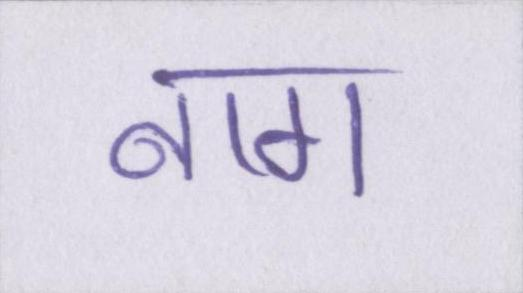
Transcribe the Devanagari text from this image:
नाग